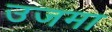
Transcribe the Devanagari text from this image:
उजमा